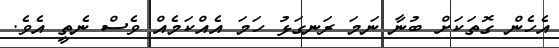
އެހެން ގޮތަކަށް ބުނާ ނަމަ ރަނގަޅު ހަމަ އެއްކަމެއް ވެސް ނެތީ އެވެ.